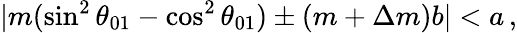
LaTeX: |m(\sin^{2}\theta_{01}-\cos^{2}\theta_{01})\pm(m+\Delta m)b|<a\, ,